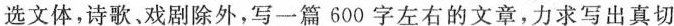
选文体，诗歌、戏剧除外，写一篇600字左右的文章，力求写出真切